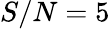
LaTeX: S/N=5